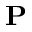
\mathbf { P }